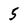
Character: 5